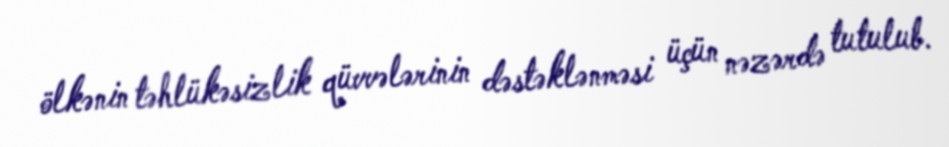
ölkənin təhlükəsizlik qüvvələrinin dəstəklənməsi üçün nəzərdə tutulub.